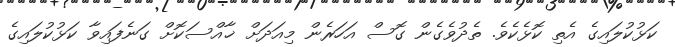
ކަޅުކުލައިގެ އެތި ކޮޅެކެވެ. ތެދުވެގެން ގޮސް އަހަރެން މިއަދަށް ޚާއްސަކޮށް ގަނެފައިވާ ކަޅުކުލައިގެ